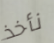
نأخذ